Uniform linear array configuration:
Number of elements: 4
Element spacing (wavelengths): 0.75
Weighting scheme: binomial
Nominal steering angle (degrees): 0
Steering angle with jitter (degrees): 1.385
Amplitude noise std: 0.05
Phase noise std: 0.05

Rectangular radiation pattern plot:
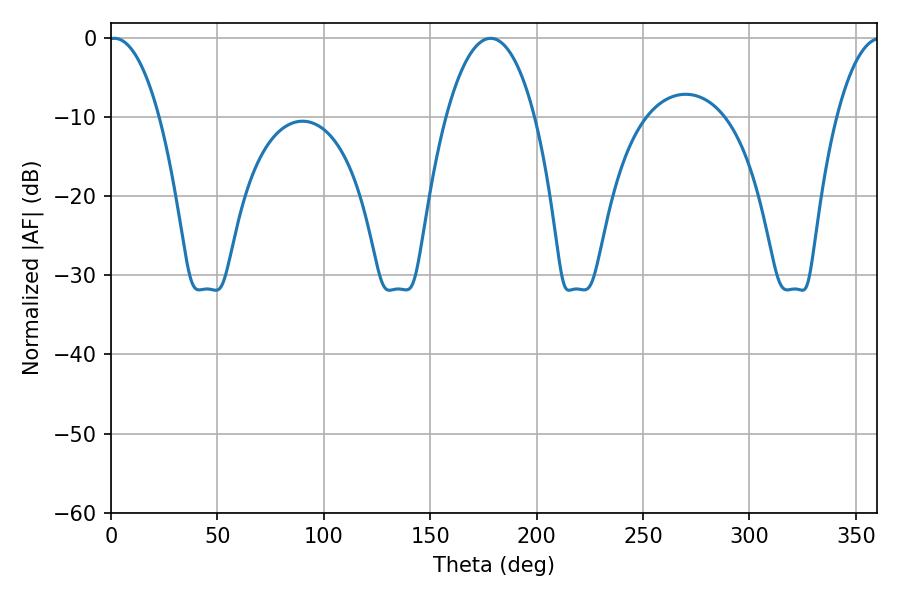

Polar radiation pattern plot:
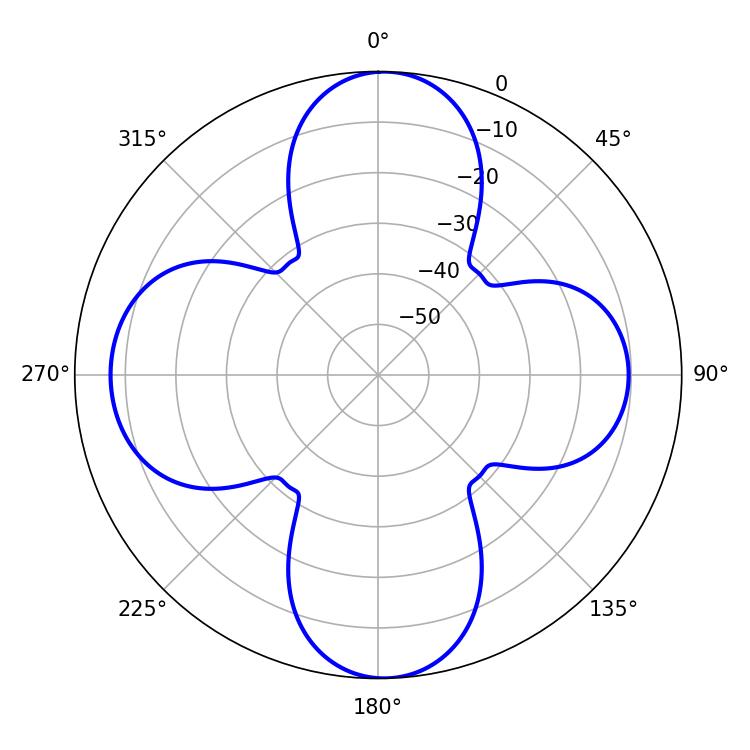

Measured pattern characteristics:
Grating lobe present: TRUE
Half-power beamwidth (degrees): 13.32
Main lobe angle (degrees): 1.62